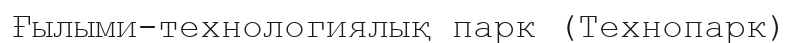
Ғылыми-технологиялық парк (Технопарк)